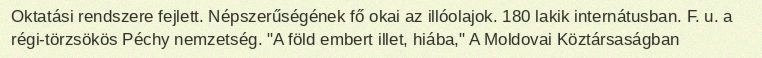
Oktatási rendszere fejlett. Népszerűségének fő okai az illóolajok. 180 lakik internátusban. F. u. a régi-törzsökös Péchy nemzetség. "A föld embert illet, hiába," A Moldovai Köztársaságban